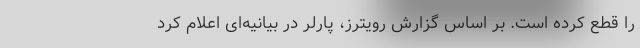
را قطع کرده است. بر اساس گزارش رویترز، پارلر در بیانیه‌ای اعلام کرد